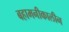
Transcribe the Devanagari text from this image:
बहामनीकालीन